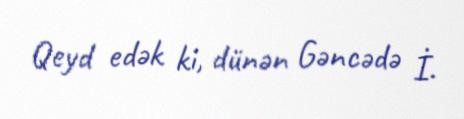
Qeyd edək ki, dünən Gəncədə İ.